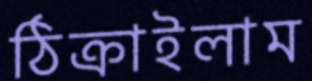
ঠিক্‌রাইলাম